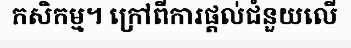
កសិកម្ម។ ក្រៅពីការផ្តល់ជំនួយលើ